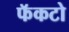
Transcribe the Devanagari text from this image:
फॅकटो